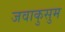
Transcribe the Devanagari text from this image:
जवाकुसुम